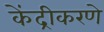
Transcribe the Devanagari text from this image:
केंद्रीकरणे